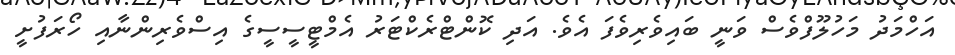
އަހްމަދު މަހުލޫފްވެސް ވަނީ ބައިވެރިވެފަ އެވެ. އަދި ކޮންޓްރެކްޓަރު އެމްޓީސީސީގެ އިސްވެރިންނާއި ހޯރަފުށީ